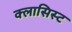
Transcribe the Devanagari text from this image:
क्लासिस्ट